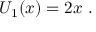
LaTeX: ~ U _ { 1 } ( x ) = 2 x ~ .